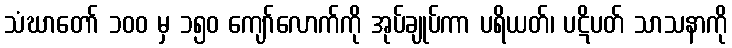
သံဃာတော် ၁၀၀ မှ ၁၅၀ ကျော်လောက်ကို အုပ်ချုပ်ကာ ပရိယတ်၊ ပဋိပတ် သာသနာကို